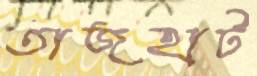
তাজহাট